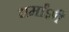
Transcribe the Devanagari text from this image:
धर्मांशी